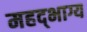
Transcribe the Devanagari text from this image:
महद्‌भाग्य